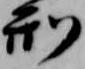
刑